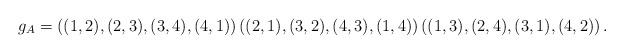
LaTeX: \begin{align*}g_A = \left((1,2),(2,3),(3,4),(4,1)\right) \left((2,1),(3,2),(4,3),(1,4)\right) \left((1,3),(2,4),(3,1),(4,2)\right).\end{align*}